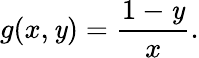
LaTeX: g(x,\mathit{y})={\frac{{1-\mathit{y}}}{{x}}}.